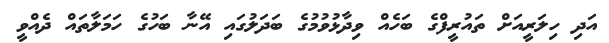
އަދި ހިލަރީއަށް ތައުރީފްގެ ބަހެއް ވިދާޅުވުމުގެ ބަދަލުގައި އޭނާ ބަހުގެ ހަމަލާތައް ދެއްވީ